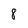
Character: 8